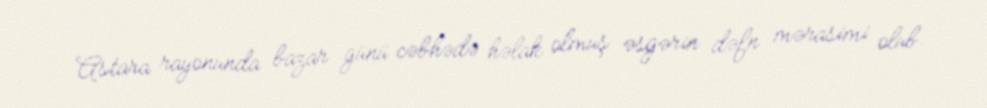
Astara rayonunda bazar günü cəbhədə həlak olmuş əsgərin dəfn mərasimi olub.